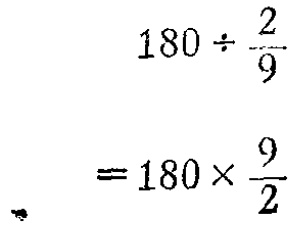
\[

\begin{align*}

180\div\frac{2}{9}&\\

=180\times\frac{9}{2}&

\end{align*}

\]